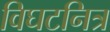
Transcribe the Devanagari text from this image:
विघटनित्र